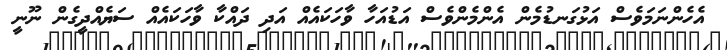
އެހެންނަމަވެސް އަޅުގަނޑުމެން އެންމެންވެސް އަޑުއަހާ ވާހަކައެއް އަދި ދައްކާ ވާހަކައެއް ސަޔެއްދީގެން ނޫނީ